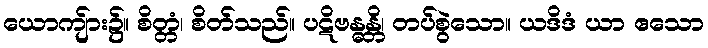
ယောကျ်ား၌။ စိတ္တံ၊ စိတ်သည်။ ပဋိဗန္ဓန္တိ၊ တပ်စွဲသော။ ယဒိဒံ ယာ ဧသော